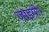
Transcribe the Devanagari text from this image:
जाइगी।